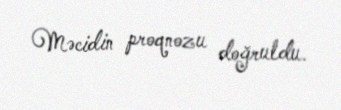
Məcidin proqnozu doğruldu.